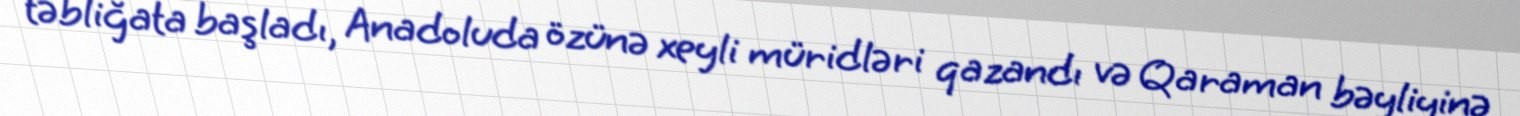
təbliğata başladı, Anadoluda özünə xeyli müridləri qazandı və Qaraman bəyliyinə